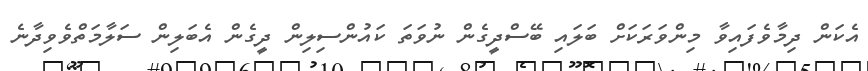
އެކަން ދިމާވެފައިވާ މިންވަރަކަށް ބަލައި ބޭސްދީގެން ނުވަތަ ކައުންސިލިން ދީގެން އެބަލިން ސަލާމަތްވެވިދާނެ